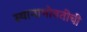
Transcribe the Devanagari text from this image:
स्थानाभोवतीची